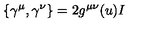
\left\{ \gamma ^ { \mu } , \gamma ^ { \nu } \right\} = 2 g ^ { \mu \nu } ( u ) I